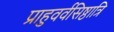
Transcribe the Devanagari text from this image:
प्राहुवर्वसिष्ठात्रि